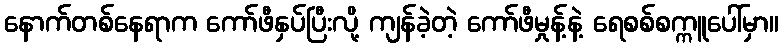
နောက်တစ်နေရာက ကော်ဖီနှပ်ပြီးလို့ ကျန်ခဲ့တဲ့ ကော်ဖီမှုန့်နဲ့ ရေစစ်စက္ကူပေါ်မှာ။